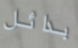
بدائل